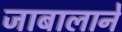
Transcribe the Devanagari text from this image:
जाबालाने